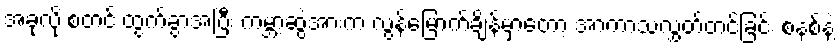
အခုလို စတင် ထွက်ခွာအပြီး ကမ္ဘာ့ဆွဲအားက လွန်မြောက်ချိန်မှာတော့ အာကာသလွှတ်တင်ခြင်း စနစ်နဲ့